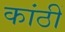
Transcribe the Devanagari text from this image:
कांठीं